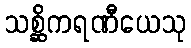
သစ္ဆိကရဏီယေသု